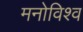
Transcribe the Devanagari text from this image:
मनोविश्व